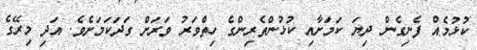
ކުޅުމެއް ފެނިގެން ދިޔަ ކަމަށާއި ކުޅުންތެރިންގެ ހިތްވަރު ވަރަށް ގަދަކަމަށެވެ. އަދި މިރޭގެ